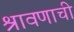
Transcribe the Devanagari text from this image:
श्रावणाची